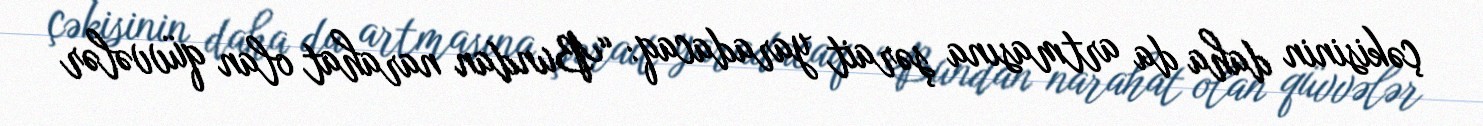
çəkisinin daha da artmasına şərait yaradacaq: “Bundan narahat olan qüvvələr